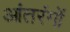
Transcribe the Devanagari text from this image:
आंतरंगों